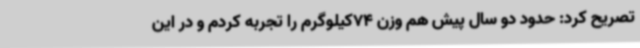
تصریح کرد: حدود دو سال پیش هم وزن 74کیلوگرم را تجربه کردم و در این